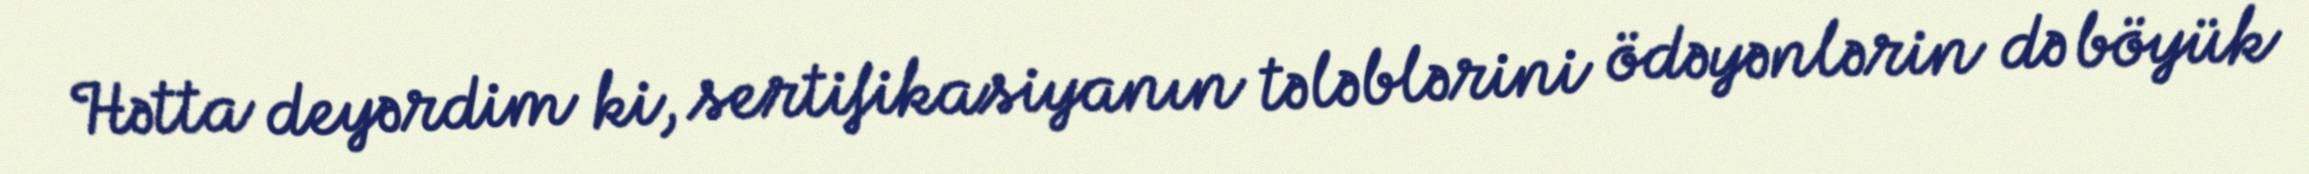
Hətta deyərdim ki, sertifikasiyanın tələblərini ödəyənlərin də böyük